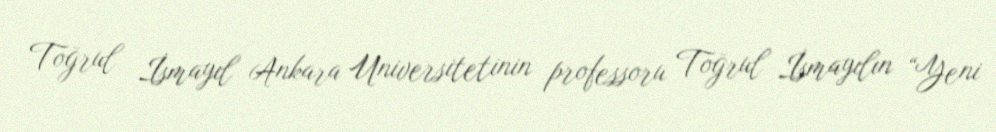
Toğrul İsmayıl Ankara Universitetinin professoru Toğrul İsmayılın “Yeni